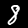
Digit: 8